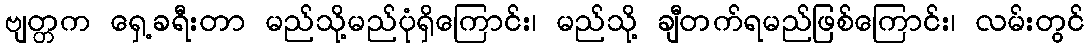
ဗျတ္တက ရှေ့ခရီးတာ မည်သို့မည်ပုံရှိကြောင်း၊ မည်သို့ ချီတက်ရမည်ဖြစ်ကြောင်း၊ လမ်းတွင်